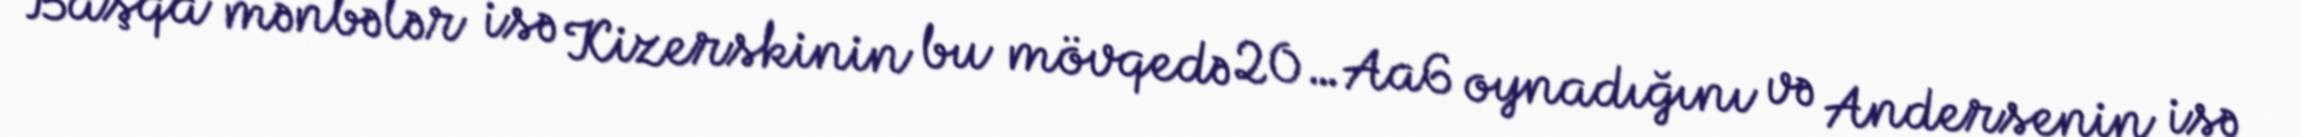
Başqa mənbələr isə Kizerskinin bu mövqedə 20…Aa6 oynadığını və Andersenin isə